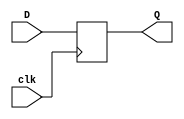
`timescale 1ns / 1ps
//////////////////////////////////////////////////////////////////////////////////
// Company: 
// Engineer: 
// 
// Design Name: 
// Module Name: dff
// Project Name: 
// Target Devices: 
// Tool Versions: 
// Description: 
// 
// Dependencies: 
// 
// Revision:
// Revision 0.01 - File Created
// Additional Comments:
// 
//////////////////////////////////////////////////////////////////////////////////
module dff(input D,clk,output reg Q);
always@(posedge clk)
Q=D;
endmodule